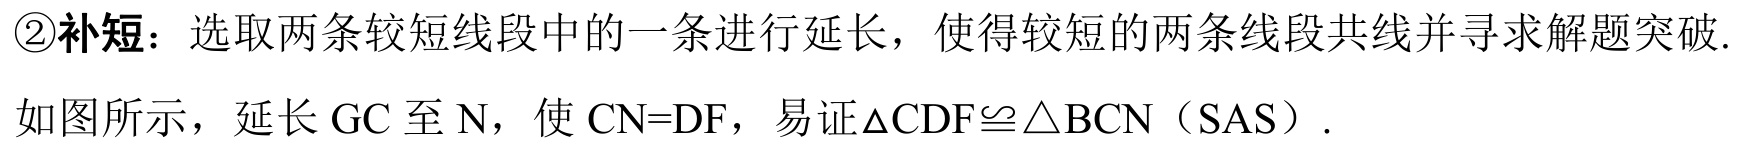
\textcircled{2}**补短**：选取两条较短线段中的一条进行延长，使得较短的两条线段共线并寻求解题突破.
如图所示，延长 \(GC\) 至 \(N\)，使 \(CN = DF\)，易证\(\triangle CDF\cong\triangle BCN\)（SAS）.